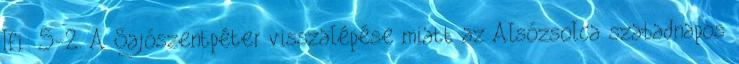
Ifi: 5-2. A Sajószentpéter visszalépése miatt az Alsózsolca szabadnapos